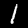
Label: 1